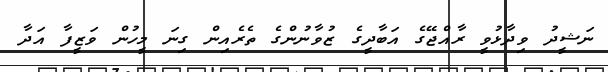
ނަޝީދު ވިދާޅުވީ ރާއްޖޭގެ އަބާދީގެ ޒުވާނުންގެ ތެރެއިން ގިނަ މީހުން ވަޒީފާ އަދާ